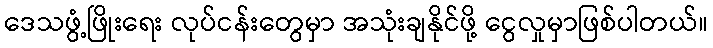
ဒေသဖွံ့ဖြိုးရေး လုပ်ငန်းတွေမှာ အသုံးချနိုင်ဖို့ ငွေလှုမှာဖြစ်ပါတယ်။